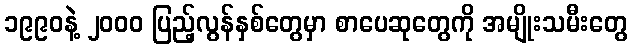
၁၉၉၀နဲ့ ၂၀၀၀ ပြည့်လွန်နှစ်တွေမှာ စာပေဆုတွေကို အမျိုးသမီးတွေ